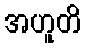
အဟူတိ